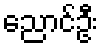
ညောင်ဦး